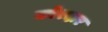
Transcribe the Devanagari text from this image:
कोरदार